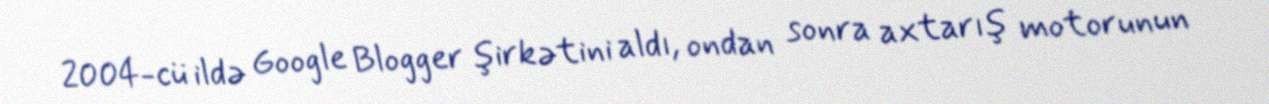
2004-cü ildə Google Blogger şirkətini aldı, ondan sonra axtarış motorunun